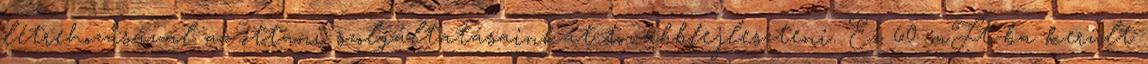
létrehozásával az ottani szolgáltatásainkat továbbfejleszteni. Ez 60 mFt-ba került